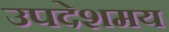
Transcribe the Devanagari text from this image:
उपदेशमय